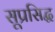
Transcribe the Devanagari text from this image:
सूप्रसिद्ध